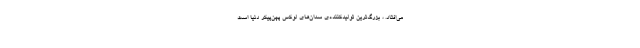
می‌افتاد. ، بزرگ‌ترین تولیدکننده‌ی سدان‌های لوکس پهن‌پیکر دنیا است